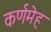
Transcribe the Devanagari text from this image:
कर्णमेह